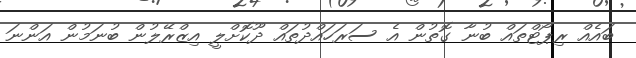
ބައެއް ރިޕޯޓްތައް ބުނާ ގޮތުން އެ ސަރަހައްދުތައް ދޫކޮށްލީ އިޒްރޭލުން ބުނަމުން އަންނަ